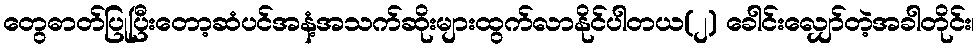
တွေဓာတ်ပြုပြီးတော့ဆံပင်အနံ့အသက်ဆိုးများထွက်လာနိုင်ပါတယ(၂) ခေါင်းလျှော်တဲ့အခါတိုင်း၊